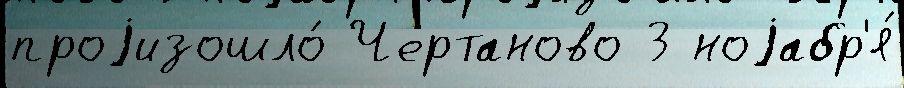
проjизошло́ Чертаново 3 ноjабр'я́